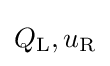
Q_{\text{L}},u_{\text{R}}